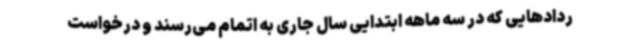
ردادهایی که در سه ماهه ابتدایی سال جاری به اتمام می‌رسند و درخواست